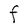
Character: F